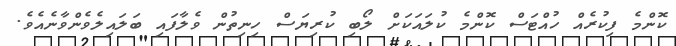
ކޮންމެ ފިކުރެއް ހުއްޓަސް ކޮންމެ ކުލައަކަށް ލޯބި ކުރިޔަސް ހިނިތުން ވެލާފައި ބަލައިލެވެންވާނެއެވެ.